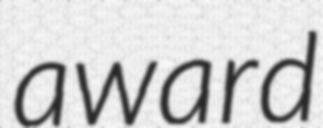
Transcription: award